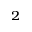
_ 2